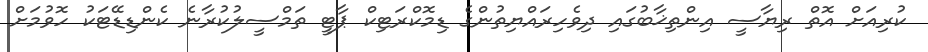
ކުރިއަށް އޮތް ރިޔާސީ އިންތިޚާބުގައި ދިވެހިރައްޔިތުންގެ ޑިމޮކްރަޓިކް ޕާޓީ ތަމްސީލުކުރާނެ ކެންޑިޑޭޓަކު ހޮވުމަށް